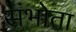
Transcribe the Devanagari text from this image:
संभोता